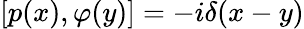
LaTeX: [p(x),\varphi(y)]=-i\delta(x-y)